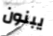
يبنون